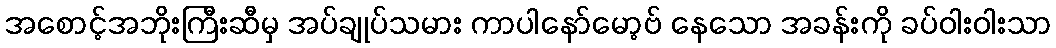
အစောင့်အဘိုးကြီးဆီမှ အပ်ချုပ်သမား ကာပါနော်မော့ဗ် နေသော အခန်းကို ခပ်ဝါးဝါးသာ